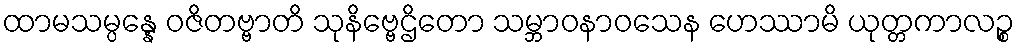
ထာမသမ္ပန္နေ ဝဇိတဗ္ဗာတိ သုနိဗ္ဗေဌိတော သမ္ဘာဝနာဝသေန ဟေဿာမိ ယုတ္တကာလဉ္စ